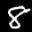
Label: 8